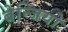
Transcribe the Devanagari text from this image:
बेन्जियो